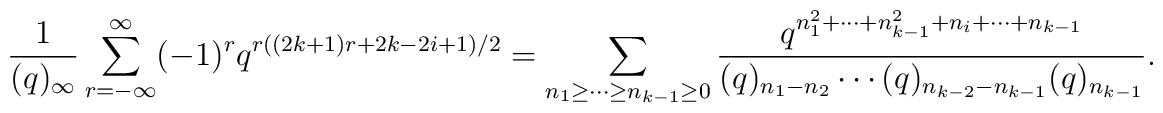
\frac{1}{(q)_{\infty}}\sum_{r=-\infty}^{\infty} (-1)^r q^{r((2k+1)r+2k-2i+1)/2}=\displaystyle\sum_{n_1 \geq \cdots \geq n_{k-1} \geq 0}\frac{q^{n_1^2 +\cdots + n_{k-1}^2 +n_i +\cdots +n_{k-1}}}     {(q)_{n_1 -n_2 } \cdots (q)_{n_{k-2}-n_{k-1}} (q)_{n_{k-1}}}.